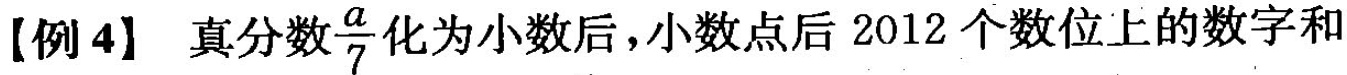
【例4】真分数 \frac{a}{7} 化为小数后，小数点后2012个数位上的数字和